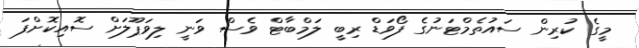
މީގެ ކުރިން ސައުތެމްޓަނުގެ ފޯވަޑް ރިބީ ލަމްބާޓް ވެސް ވަނީ ލިވަޕޫލަށް ސޮއިކޮށްފަ